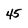
Character: 4